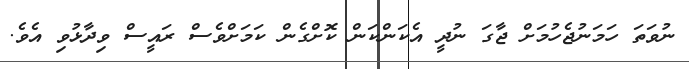
ނުވަތަ ހަމަނުޖެހުމަށް ޖާގަ ނުދީ އެކަންކަން ކޮށްގެން ކަމަށްވެސް ރައީސް ވިދާޅުވި އެވެ.